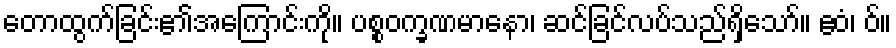
တောထွက်ခြင်း၏အကြောင်းကို။ ပစ္စဝက္ခဏမာနော၊ ဆင်ခြင်လပ်သည်ရှိသော်။ ဧဝံ၊ ဝ်။